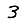
Digit: 3